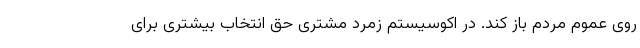
روی عموم مردم باز کند. در اکوسیستم زمرد مشتری حق انتخاب بیشتری برای